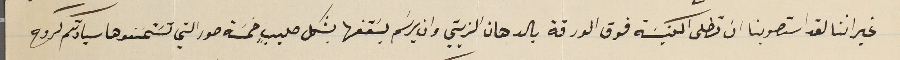
غير اننا لقد استصوبنا ان تطلى الكنيسَة فوق الورقة بالدهان الزيتي وان يرسَم بسَقفها بشكل صليبٍ خمسَة صور التي تسَتمنوها سيادتكم لروح